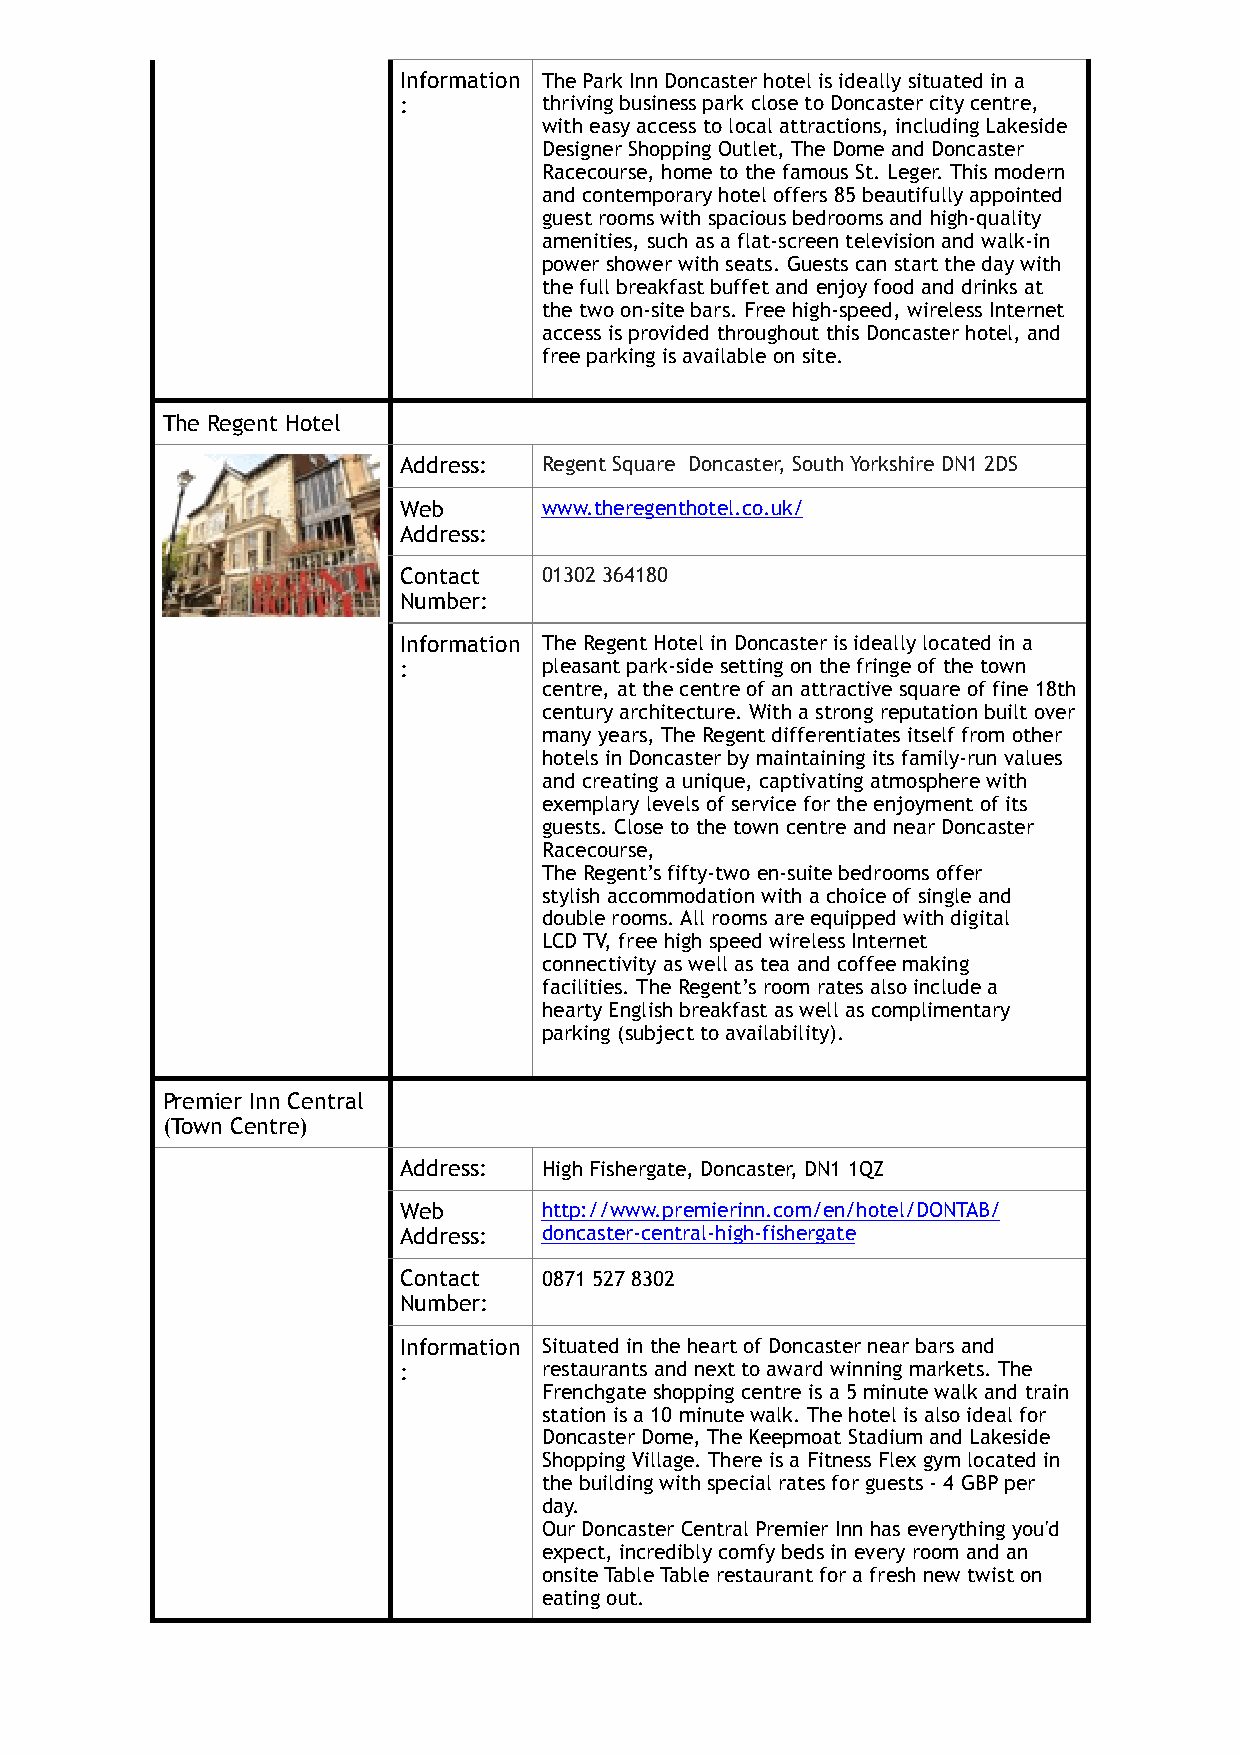
Information The Park Inn Doncaster hotel is ideally situated in a
 :         thriving business park close to Doncaster city centre,
 with easy access to local attractions, including Lakeside
 Designer Shopping Outlet, The Dome and Doncaster
 Racecourse, home to the famous St. Leger. This modern
 and contemporary hotel offers 85 beautifully appointed
 guest rooms with spacious bedrooms and high-quality
 amenities, such as a flat-screen television and walk-in
 power shower with seats. Guests can start the day with
 the full breakfast buffet and enjoy food and drinks at
 the two on-site bars. Free high-speed, wireless Internet
 access is provided throughout this Doncaster hotel, and
 free parking is available on site.
 The Regent Hotel
 Address:  Regent Square Doncaster, South Yorkshire DN1 2DS
 Web       www.theregenthotel.co.uk/
 Address:
 Contact   01302 364180
 Number:
 !
 Information The Regent Hotel in Doncaster is ideally located in a
 :         pleasant park-side setting on the fringe of the town
 centre, at the centre of an attractive square of fine 18th
 century architecture. With a strong reputation built over
 many years, The Regent differentiates itself from other
 hotels in Doncaster by maintaining its family-run values
 and creating a unique, captivating atmosphere with
 exemplary levels of service for the enjoyment of its
 guests. Close to the town centre and near Doncaster
 Racecourse,
 The Regent’s fifty-two en-suite bedrooms offer
 stylish accommodation with a choice of single and
 double rooms. All rooms are equipped with digital
 LCD TV, free high speed wireless Internet
 connectivity as well as tea and coffee making
 facilities. The Regent’s room rates also include a
 hearty English breakfast as well as complimentary
 parking (subject to availability).
 Premier Inn Central
 (Town Centre)
 Address:  High Fishergate, Doncaster, DN1 1QZ
 Web       http://www.premierinn.com/en/hotel/DONTAB/
 Address:  doncaster-central-high-fishergate
 Contact   0871 527 8302
 Number:
 Information Situated in the heart of Doncaster near bars and
 :         restaurants and next to award winning markets. The
 Frenchgate shopping centre is a 5 minute walk and train
 station is a 10 minute walk. The hotel is also ideal for
 Doncaster Dome, The Keepmoat Stadium and Lakeside
 Shopping Village. There is a Fitness Flex gym located in
 the building with special rates for guests - 4 GBP per
 day.
 Our Doncaster Central Premier Inn has everything you'd
 expect, incredibly comfy beds in every room and an
 onsite Table Table restaurant for a fresh new twist on
 eating out.